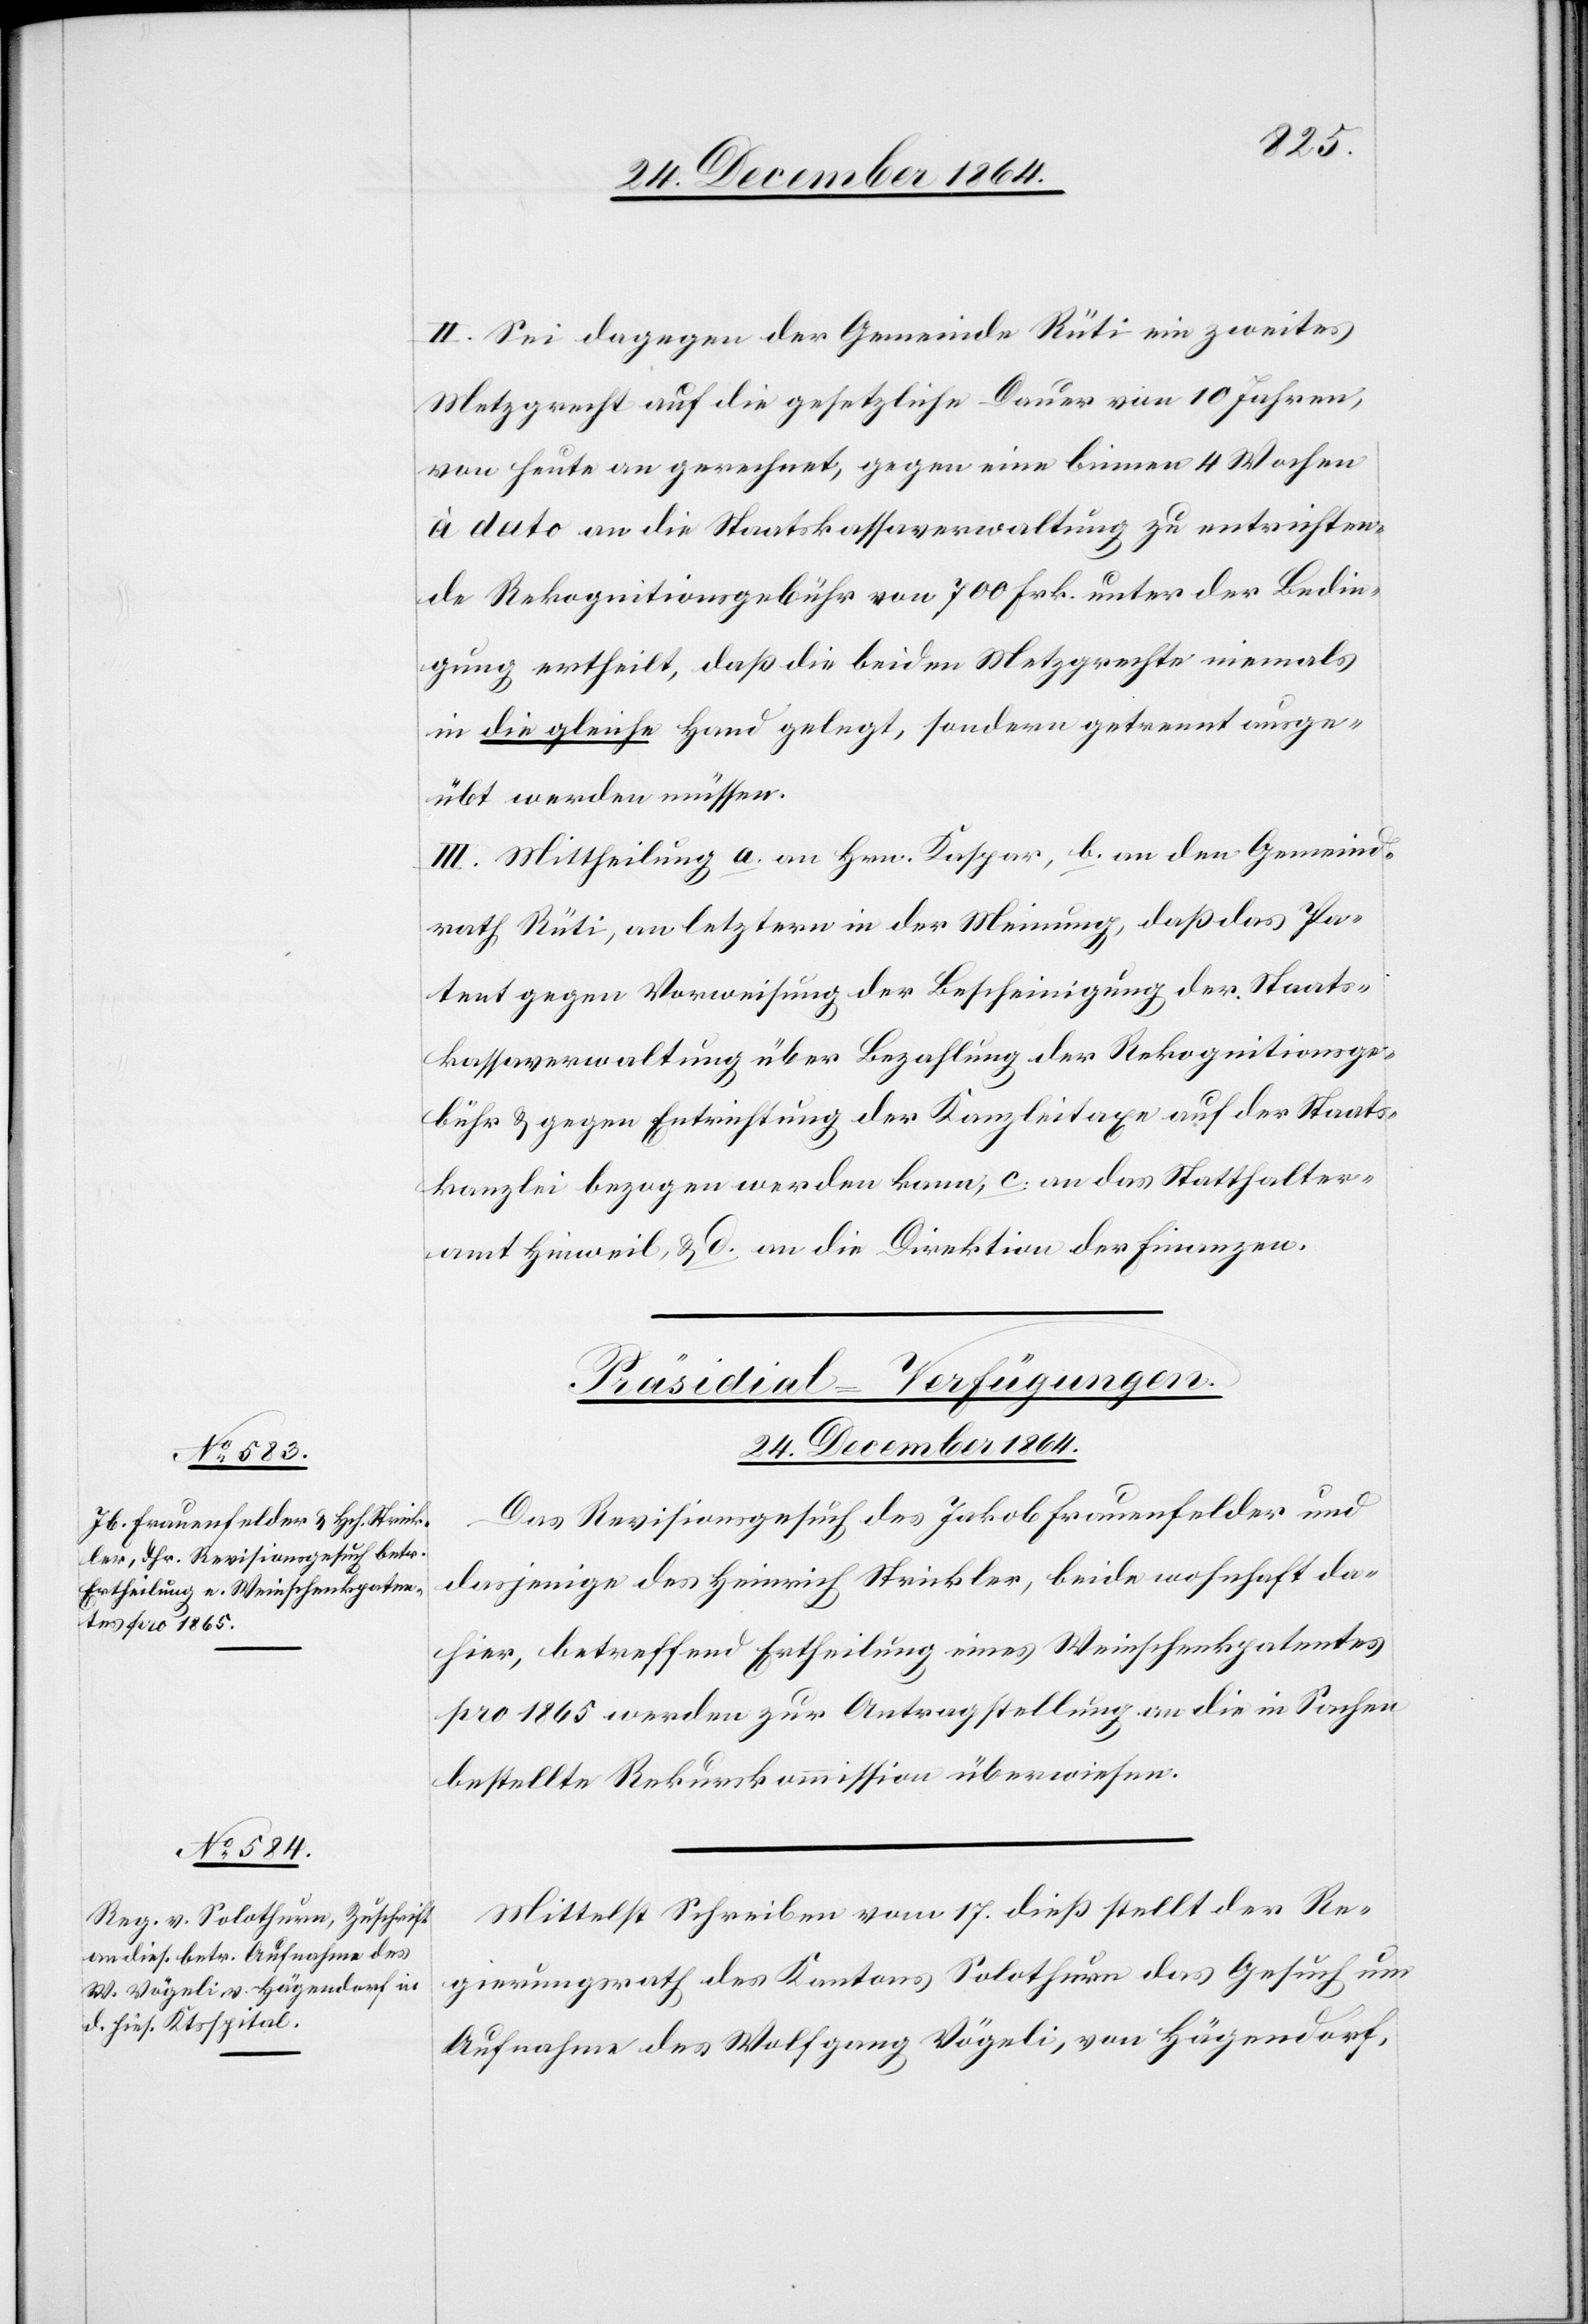
übt
24. December 1864.]
II. Sei dagegen der Gemeinde Rüti ein zweites
Metzgrecht auf die gesetzliche Dauer von 10 Jahren
von heute an gerechnet, gegen eine binnen 4 Wochen
à dato an die Staatskassaverwaltung zu entrichten¬
de Rekognitionsgebühr von 700 Frk. unter der Bedin¬
gung ertheilt, daß die beiden Metzgrechte niemals
in die gleiche Hand gelegt, sondern getrennt ausge¬
III. Mittheilung a. an Hrn. Kaspar, b. an den Gemeind¬
rath Rüti, an letztern in der Meinung, daß das Pa¬
tent gegen Vorweisung der Bescheinigung der Staats¬
kassaverwaltung über Bezahlung der Rekognitionsge¬
bühr & gegen Entrichtung der Kanzleitaxe auf der Staats¬
kanzlei bezogen werden kann, c. an das Statthalter¬
amt Hinweil, & d. an die Direktion der Finanzen.
[Präsidial-Verfügungen.
24. December 1864.
Das Revisionsgesuch des Jakob Frauenfelder und
dasjenige des Heinrich Srickler, beide wohnhaft da¬
hier, betreffend Ertheilung eines Weinschenkpatentes
pro 1865 werden zur Antragstellung an die in Sachen
bestellte Rekurskommission überwiesen.
Mittelst Schreiben von 17. dieß stellt der Re¬
gierungsrath des Kantons Solothurn das Gesuch um
Aufnahme des Wolfgang Vögeli, von Hägendorf,